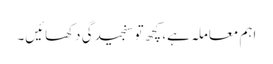
اہم معاملہ ہے، کچھ تو سنجیدگی دکھائیں۔